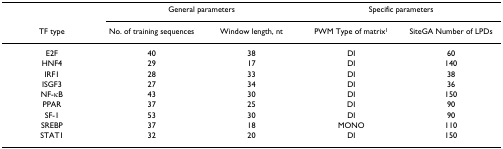
<table><thead><tr><td></td><td colspan="2"><b>General parameters</b></td><td colspan="2"><b>Specific parameters</b></td></tr><tr><td><b>TF type</b></td><td><b>No. of training sequences</b></td><td><b>Window length, nt</b></td><td><b>PWM Type of matrix<sup>1</sup></b></td><td><b>SiteGA Number of LPDs</b></td></tr></thead><tbody><tr><td>E2F</td><td>40</td><td>38</td><td>DI</td><td>60</td></tr><tr><td>HNF4</td><td>29</td><td>17</td><td>DI</td><td>140</td></tr><tr><td>IRF1</td><td>28</td><td>33</td><td>DI</td><td>38</td></tr><tr><td>ISGF3</td><td>27</td><td>34</td><td>DI</td><td>36</td></tr><tr><td>NF-κB</td><td>43</td><td>30</td><td>DI</td><td>150</td></tr><tr><td>PPAR</td><td>37</td><td>25</td><td>DI</td><td>90</td></tr><tr><td>SF-1</td><td>53</td><td>30</td><td>DI</td><td>90</td></tr><tr><td>SREBP</td><td>37</td><td>18</td><td>MONO</td><td>110</td></tr><tr><td>STAT1</td><td>32</td><td>20</td><td>DI</td><td>150</td></tr></tbody></table>